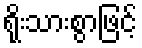
ရိုးသားစွာဖြင့်